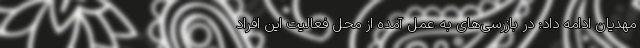
مهدیان ادامه داد: در بازرسی‌های به عمل آمده از محل فعالیت این افراد